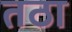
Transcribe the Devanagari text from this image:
तठा